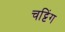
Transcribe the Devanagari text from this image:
चट्टिंग